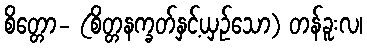
စိတ္တော- (စိတ္တနက္ခတ်နှင့်ယှဉ်သော) တန်ခူးလ၊